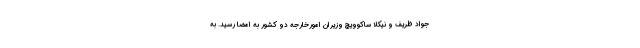
جواد ظریف و نیکلا ساکوویچ وزیران امورخارجه دو کشور به امضا رسید. به